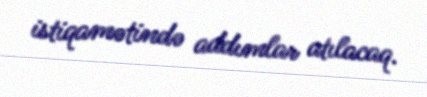
istiqamətində addımlar atılacaq.